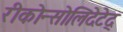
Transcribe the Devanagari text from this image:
रीकोन्सोलिदेटेद्